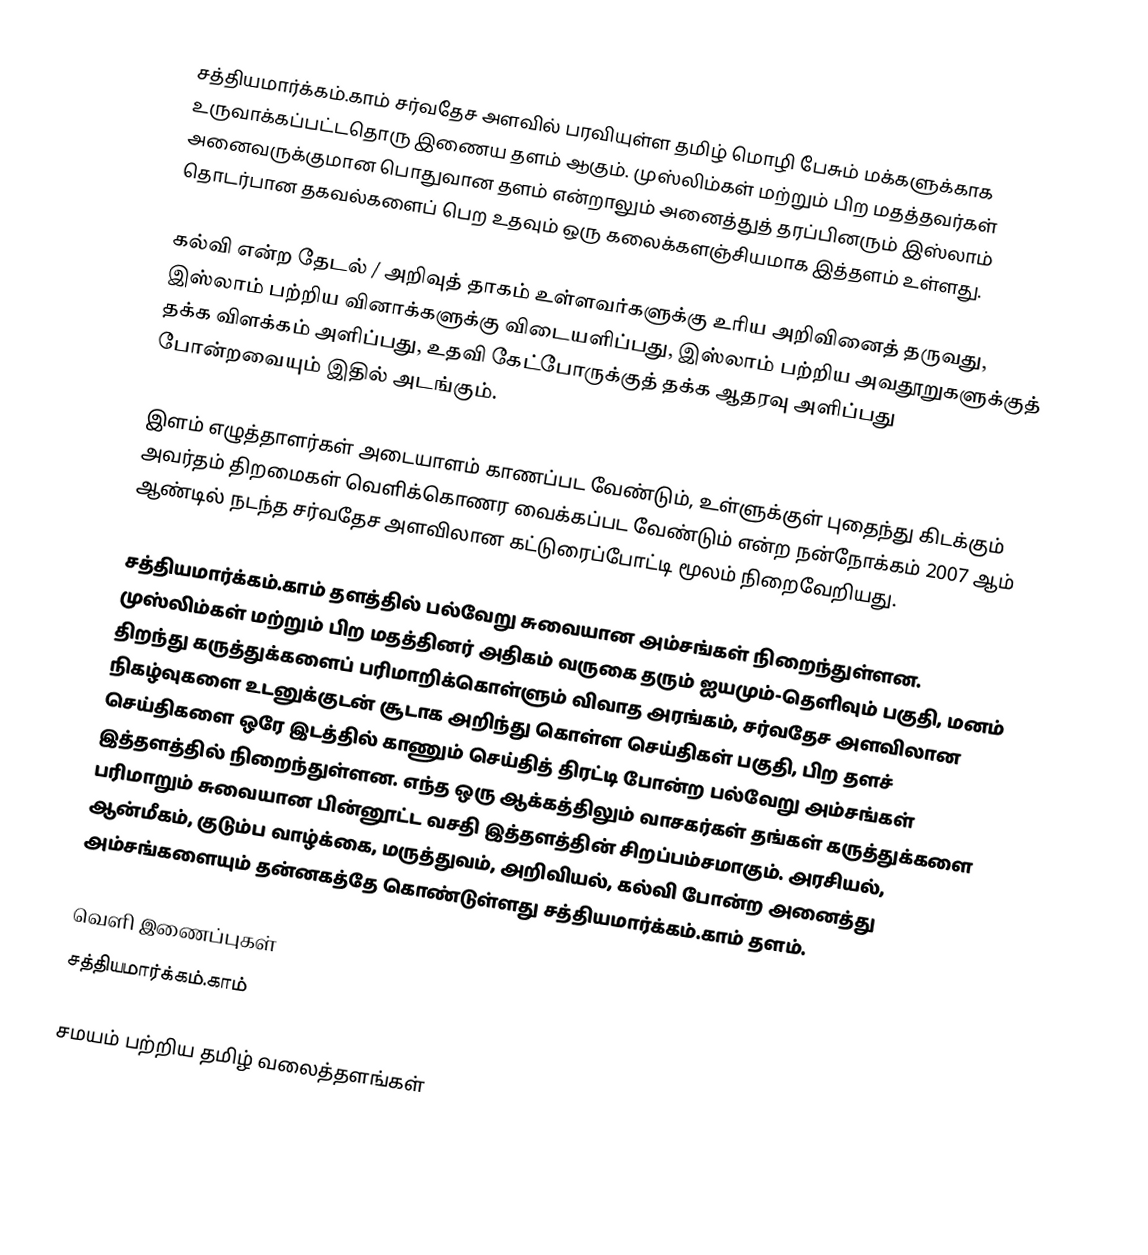
சத்தியமார்க்கம்.காம் சர்வதேச அளவில் பரவியுள்ள தமிழ் மொழி பேசும் மக்களுக்காக உருவாக்கப்பட்டதொரு இணைய தளம் ஆகும். முஸ்லிம்கள் மற்றும் பிற மதத்தவர்கள் அனைவருக்குமான பொதுவான தளம் என்றாலும் அனைத்துத் தரப்பினரும் இஸ்லாம் தொடர்பான தகவல்களைப் பெற உதவும் ஒரு கலைக்களஞ்சியமாக இத்தளம் உள்ளது.

கல்வி என்ற தேடல் / அறிவுத் தாகம் உள்ளவர்களுக்கு உரிய அறிவினைத் தருவது, இஸ்லாம் பற்றிய வினாக்களுக்கு விடையளிப்பது, இஸ்லாம் பற்றிய அவதூறுகளுக்குத் தக்க விளக்கம் அளிப்பது, உதவி கேட்போருக்குத் தக்க ஆதரவு அளிப்பது போன்றவையும் இதில் அடங்கும்.

இளம் எழுத்தாளர்கள் அடையாளம் காணப்பட வேண்டும், உள்ளுக்குள் புதைந்து கிடக்கும் அவர்தம் திறமைகள் வெளிக்கொணர வைக்கப்பட வேண்டும் என்ற நன்நோக்கம் 2007 ஆம் ஆண்டில் நடந்த சர்வதேச அளவிலான கட்டுரைப்போட்டி  மூலம் நிறைவேறியது.

சத்தியமார்க்கம்.காம் தளத்தில் பல்வேறு சுவையான அம்சங்கள் நிறைந்துள்ளன. முஸ்லிம்கள் மற்றும் பிற மதத்தினர் அதிகம் வருகை தரும் ஐயமும்-தெளிவும் பகுதி, மனம் திறந்து கருத்துக்களைப் பரிமாறிக்கொள்ளும் விவாத அரங்கம், சர்வதேச அளவிலான நிகழ்வுகளை உடனுக்குடன் சூடாக அறிந்து கொள்ள செய்திகள் பகுதி, பிற தளச் செய்திகளை ஒரே இடத்தில் காணும் செய்தித் திரட்டி போன்ற பல்வேறு அம்சங்கள் இத்தளத்தில் நிறைந்துள்ளன. எந்த ஒரு ஆக்கத்திலும் வாசகர்கள் தங்கள் கருத்துக்களை பரிமாறும் சுவையான பின்னூட்ட வசதி இத்தளத்தின் சிறப்பம்சமாகும். அரசியல், ஆன்மீகம், குடும்ப வாழ்க்கை, மருத்துவம், அறிவியல், கல்வி போன்ற அனைத்து அம்சங்களையும் தன்னகத்தே கொண்டுள்ளது சத்தியமார்க்கம்.காம் தளம்.

வெளி இணைப்புகள்
 சத்தியமார்க்கம்.காம்

சமயம் பற்றிய தமிழ் வலைத்தளங்கள்